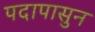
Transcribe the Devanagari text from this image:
पदापासुन